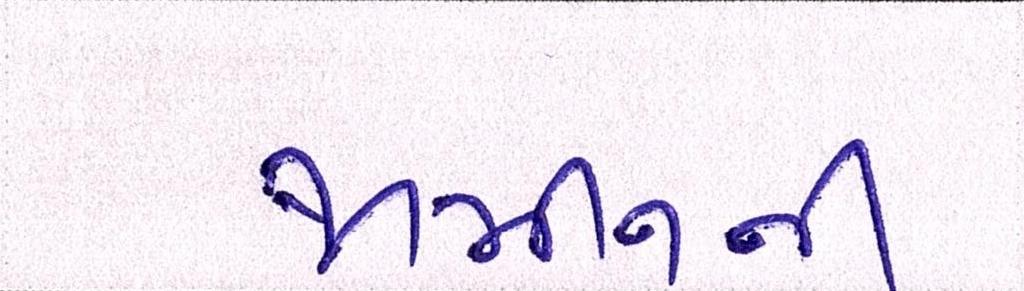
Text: જામીનની